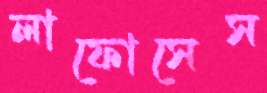
লাফোসেস